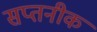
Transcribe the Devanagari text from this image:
सप्तनीक